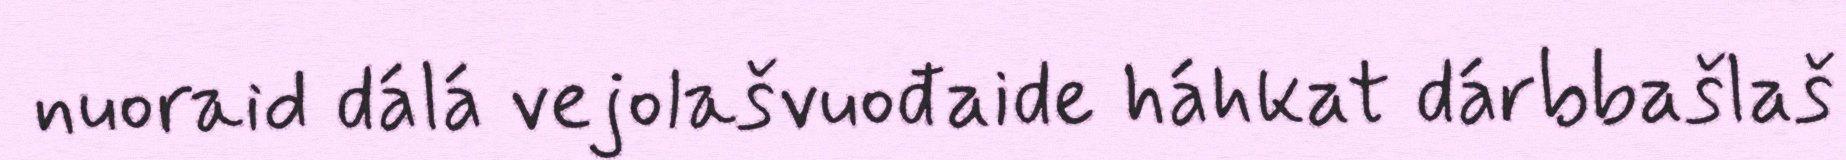
nuoraid dálá vejolašvuođaide háhkat dárbbašlaš